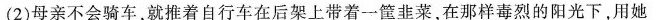
(2)母亲不会骑车，就推着自行车在后架上带着一筐韭菜，在那样\underline{毒烈}的阳光下，用她